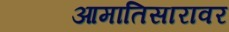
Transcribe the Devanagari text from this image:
आमातिसारावर